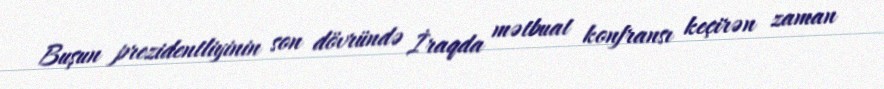
Buşun prezidentliyinin son dövründə İraqda mətbuat konfransı keçirən zaman